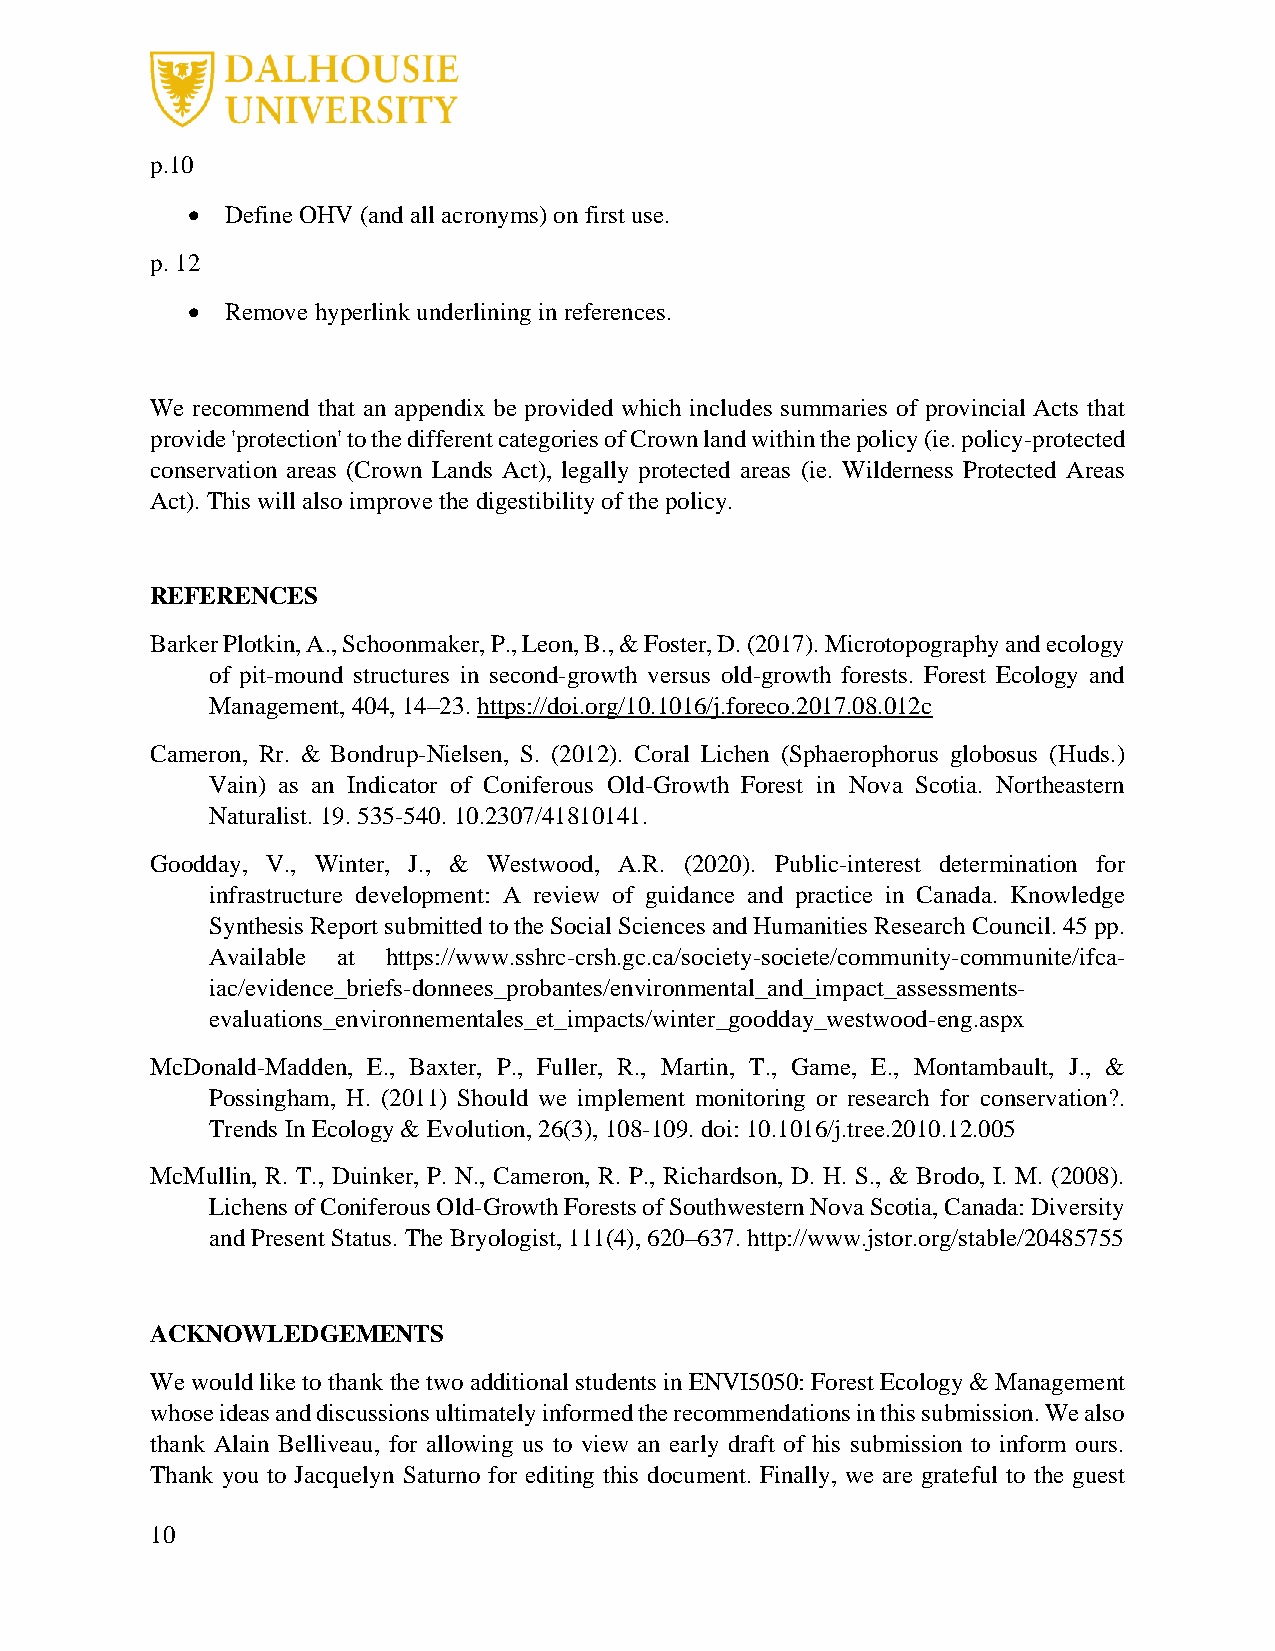
p.10
 •  Define OHV (and all acronyms) on first use.
 p. 12
 •  Remove hyperlink underlining in references.
 We recommend that an appendix be provided which includes summaries of provincial Acts that
 provide 'protection' to the different categories of Crown land within the policy (ie. policy-protected
 conservation areas (Crown Lands Act), legally protected areas (ie. Wilderness Protected Areas
 Act). This will also improve the digestibility of the policy.
 REFERENCES
 Barker Plotkin, A., Schoonmaker, P., Leon, B., & Foster, D. (2017). Microtopography and ecology
 of pit-mound structures in second-growth versus old-growth forests. Forest Ecology and
 Management, 404, 14–23. https://doi.org/10.1016/j.foreco.2017.08.012c
 Cameron, Rr. & Bondrup-Nielsen, S. (2012). Coral Lichen (Sphaerophorus globosus (Huds.)
 Vain) as an Indicator of Coniferous Old-Growth Forest in Nova Scotia. Northeastern
 Naturalist. 19. 535-540. 10.2307/41810141.
 Goodday, V., Winter, J., & Westwood, A.R. (2020). Public-interest determination for
 infrastructure development: A review of guidance and practice in Canada. Knowledge
 Synthesis Report submitted to the Social Sciences and Humanities Research Council. 45 pp.
 Available at https://www.sshrc-crsh.gc.ca/society-societe/community-communite/ifca-
 iac/evidence_briefs-donnees_probantes/environmental_and_impact_assessments-
 evaluations_environnementales_et_impacts/winter_goodday_westwood-eng.aspx
 McDonald-Madden, E., Baxter, P., Fuller, R., Martin, T., Game, E., Montambault, J., &
 Possingham, H. (2011) Should we implement monitoring or research for conservation?.
 Trends In Ecology & Evolution, 26(3), 108-109. doi: 10.1016/j.tree.2010.12.005
 McMullin, R. T., Duinker, P. N., Cameron, R. P., Richardson, D. H. S., & Brodo, I. M. (2008).
 Lichens of Coniferous Old-Growth Forests of Southwestern Nova Scotia, Canada: Diversity
 and Present Status. The Bryologist, 111(4), 620–637. http://www.jstor.org/stable/20485755
 ACKNOWLEDGEMENTS
 We would like to thank the two additional students in ENVI5050: Forest Ecology & Management
 whose ideas and discussions ultimately informed the recommendations in this submission. We also
 thank Alain Belliveau, for allowing us to view an early draft of his submission to inform ours.
 Thank you to Jacquelyn Saturno for editing this document. Finally, we are grateful to the guest
 10